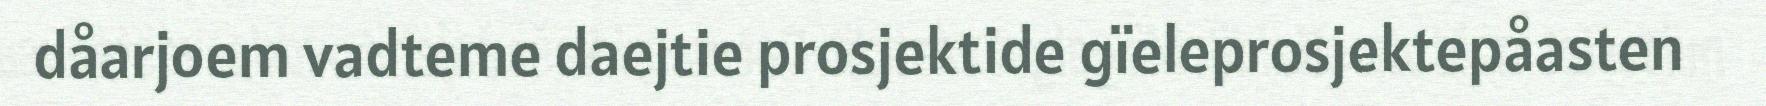
dåarjoem vadteme daejtie prosjektide gïeleprosjektepåasten